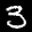
Label: 3